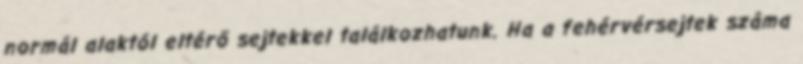
normál alaktól eltérő sejtekkel találkozhatunk. Ha a fehérvérsejtek száma